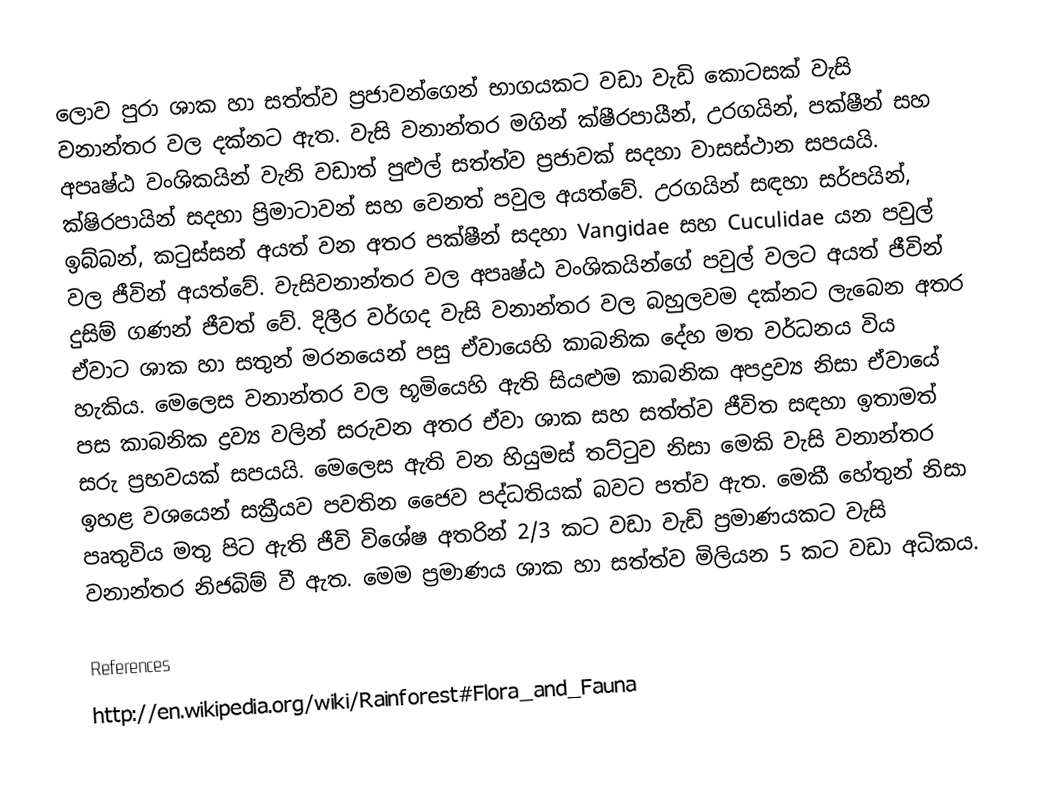
ලොව පුරා ශාක හා සත්ත්ව ප්‍රජාවන්ගෙන් භාගයකට වඩා වැඩි කොටසක් වැසි වනාන්තර වල දක්න‍ට ඇත. වැසි වනාන්තර මගින් ක්ෂීරපායීන්, උරගයින්, පක්ෂීන් සහ අපෘෂ්ඨ වංශිකයින් වැනි වඩාත් පුළුල් සත්ත්ව ප්‍රජාවක් සදහා වාසස්ථාන සපයයි. ක්ෂිරපායින් සදහා ප්‍රිමාටාවන් සහ වෙනත් පවුල අයත්වේ. උරගයින් සඳහා සර්පයින්, ඉබ්බන්, කටුස්සන් අයත් වන අතර පක්ෂීන් සදහා Vangidae සහ Cuculidae යන පවුල් වල ජීවින් අයත්වේ. වැසිවනාන්තර වල අපෘෂ්ඨ වංශිකයින්ගේ පවුල් වලට අයත් ජීවින් දුසිම් ගණන් ජීවත් වේ. දිලීර වර්ගද වැසි වනාන්තර වල බහුලවම දක්න‍‍ට ලැබෙන අතර ඒවාට ශාක හා සතුන් මරනයෙන් පසු ඒවායෙහි කාබනික දේහ මත වර්ධනය විය හැකිය. මෙලෙස  වනාන්තර වල භූමියෙහි ඇති සියළුම කාබනික අපද්‍රව්‍ය නිසා ඒවායේ පස කාබනික ද්‍රව්‍ය වලින් සරුවන අතර ඒවා ශාක සහ සත්ත්ව ජීවිත සඳහා ඉතාමත් සරු ප්‍රභවයක් සපයයි. මෙලෙස ඇති වන හියුමස් තට්ටුව නිසා මෙකි වැසි වනාන්තර ඉහළ වශයෙන් සක්‍රීයව පවතින ජෛව පද්ධතියක් බවට පත්ව ඇත. මෙකී හේතුන් නිසා පෘතුවිය මතු පිට ඇති ජීවි විශේෂ අතරින් 2/3 කට වඩා වැඩි ප්‍රමාණයකට වැසි වනාන්තර නිජබිම් වී ඇත. මෙම ප්‍රමාණය ශාක හා සත්ත්ව මිලියන 5 කට වඩා අධිකය.

References
http://en.wikipedia.org/wiki/Rainforest#Flora_and_Fauna